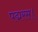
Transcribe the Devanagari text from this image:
पद्मरस।